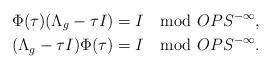
LaTeX: \begin{align*} & \Phi(\tau)(\Lambda_g - \tau I) = I \mod OPS^{-\infty}, \\ & (\Lambda_g - \tau I)\Phi(\tau) = I \mod OPS^{-\infty}.\end{align*}